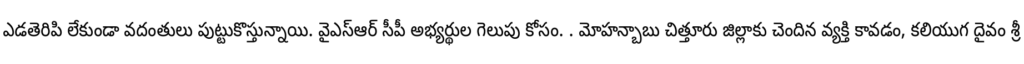
ఎడతెరిపి లేకుండా వదంతులు పుట్టుకొస్తున్నాయి. వైఎస్ఆర్ సీపీ అభ్యర్థుల గెలుపు కోసం. . మోహన్బాబు చిత్తూరు జిల్లాకు చెందిన వ్యక్తి కావడం, కలియుగ దైవం శ్రీ